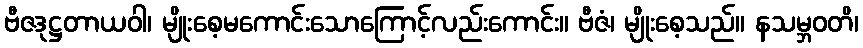
ဗီဇဒုဋ္ဌတာယဝါ၊ မျိုးစေ့မကောင်းသောကြောင့်လည်းကောင်း။ ဗီဇံ၊ မျိုးစေ့သည်။ နသမ္ဘဝတိ၊